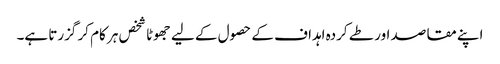
اپنے مقاصد اور طے کردہ اہداف کے حصول کے لیے جھوٹا شخص ہر کام کر گزرتا ہے۔